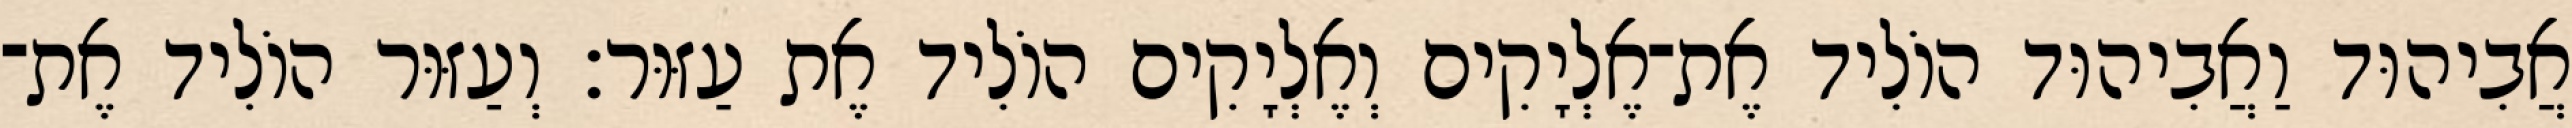
אֲבִיהוּד וַאֲבִיהוּד הוֹלִיד אֶת־אֶלְיָקִים וְאֶלְיָקִים הוֹלִיד אֶת עַזּוּר׃ וְעַזּוּר הוֹלִיד אֶת־